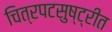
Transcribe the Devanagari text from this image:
चित्रपटसुष्ट्रीत